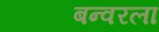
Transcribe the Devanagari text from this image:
बन्वरला